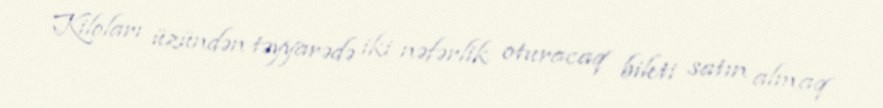
Kiloları üzündən təyyarədə iki nəfərlik oturacaq bileti satın almaq